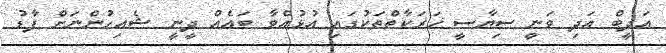
އަދީބް އަދި ވަނީ ސިޔާސީ ހަރަކާތްތަކުގައި އުޅުއްވާ ބައެއް ދީނީ ޝެއިހުންނަށް ފާޑު